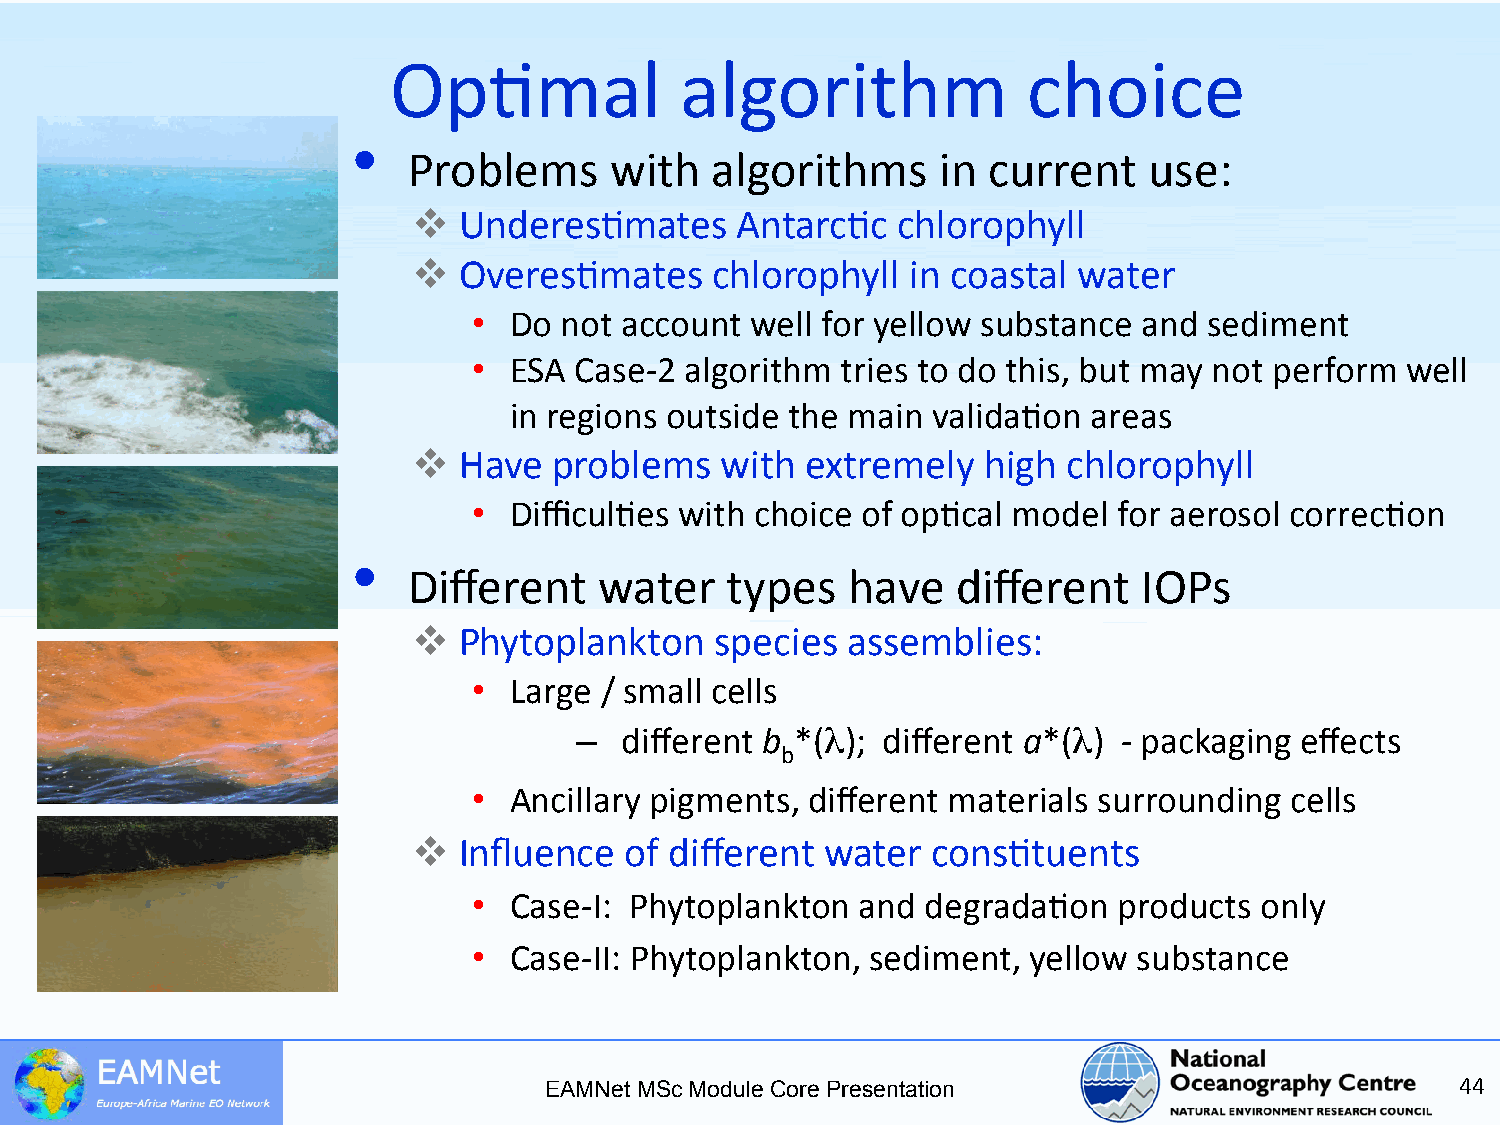
Op5mal             algorithm              choice
 •
 Problems     with   algorithms     in current    use:
   Underes5mates      Antarc5c  chlorophyll
   Overes5mates     chlorophyll  in coastal water
 •  Do not account  well for yellow substance and sediment
 •  ESA Case-­‐2 algorithm tries to do this, but may not perform well
 in regions outside the main valida5on areas
   Have   problems   with extremely   high  chlorophyll
 •  Difficul5es with choice of op5cal model for aerosol correc5on
 •
 Different    water   types   have   different    IOPs
   Phytoplankton    species  assemblies:
 •  Large / small cells
 –  different b *(λ); different a*(λ) -­‐ packaging effects
 b
 •  Ancillary pigments, different materials surrounding cells
   Influence  of different  water  cons5tuents
 •  Case-­‐I: Phytoplankton and degrada5on  products only
 •  Case-­‐II: Phytoplankton, sediment, yellow substance
 EAMNet MSc Module Core Presentation                          44